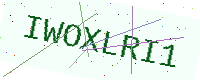
Text: IWOXLRI1